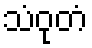
သံဝုတံ